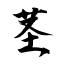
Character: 茎